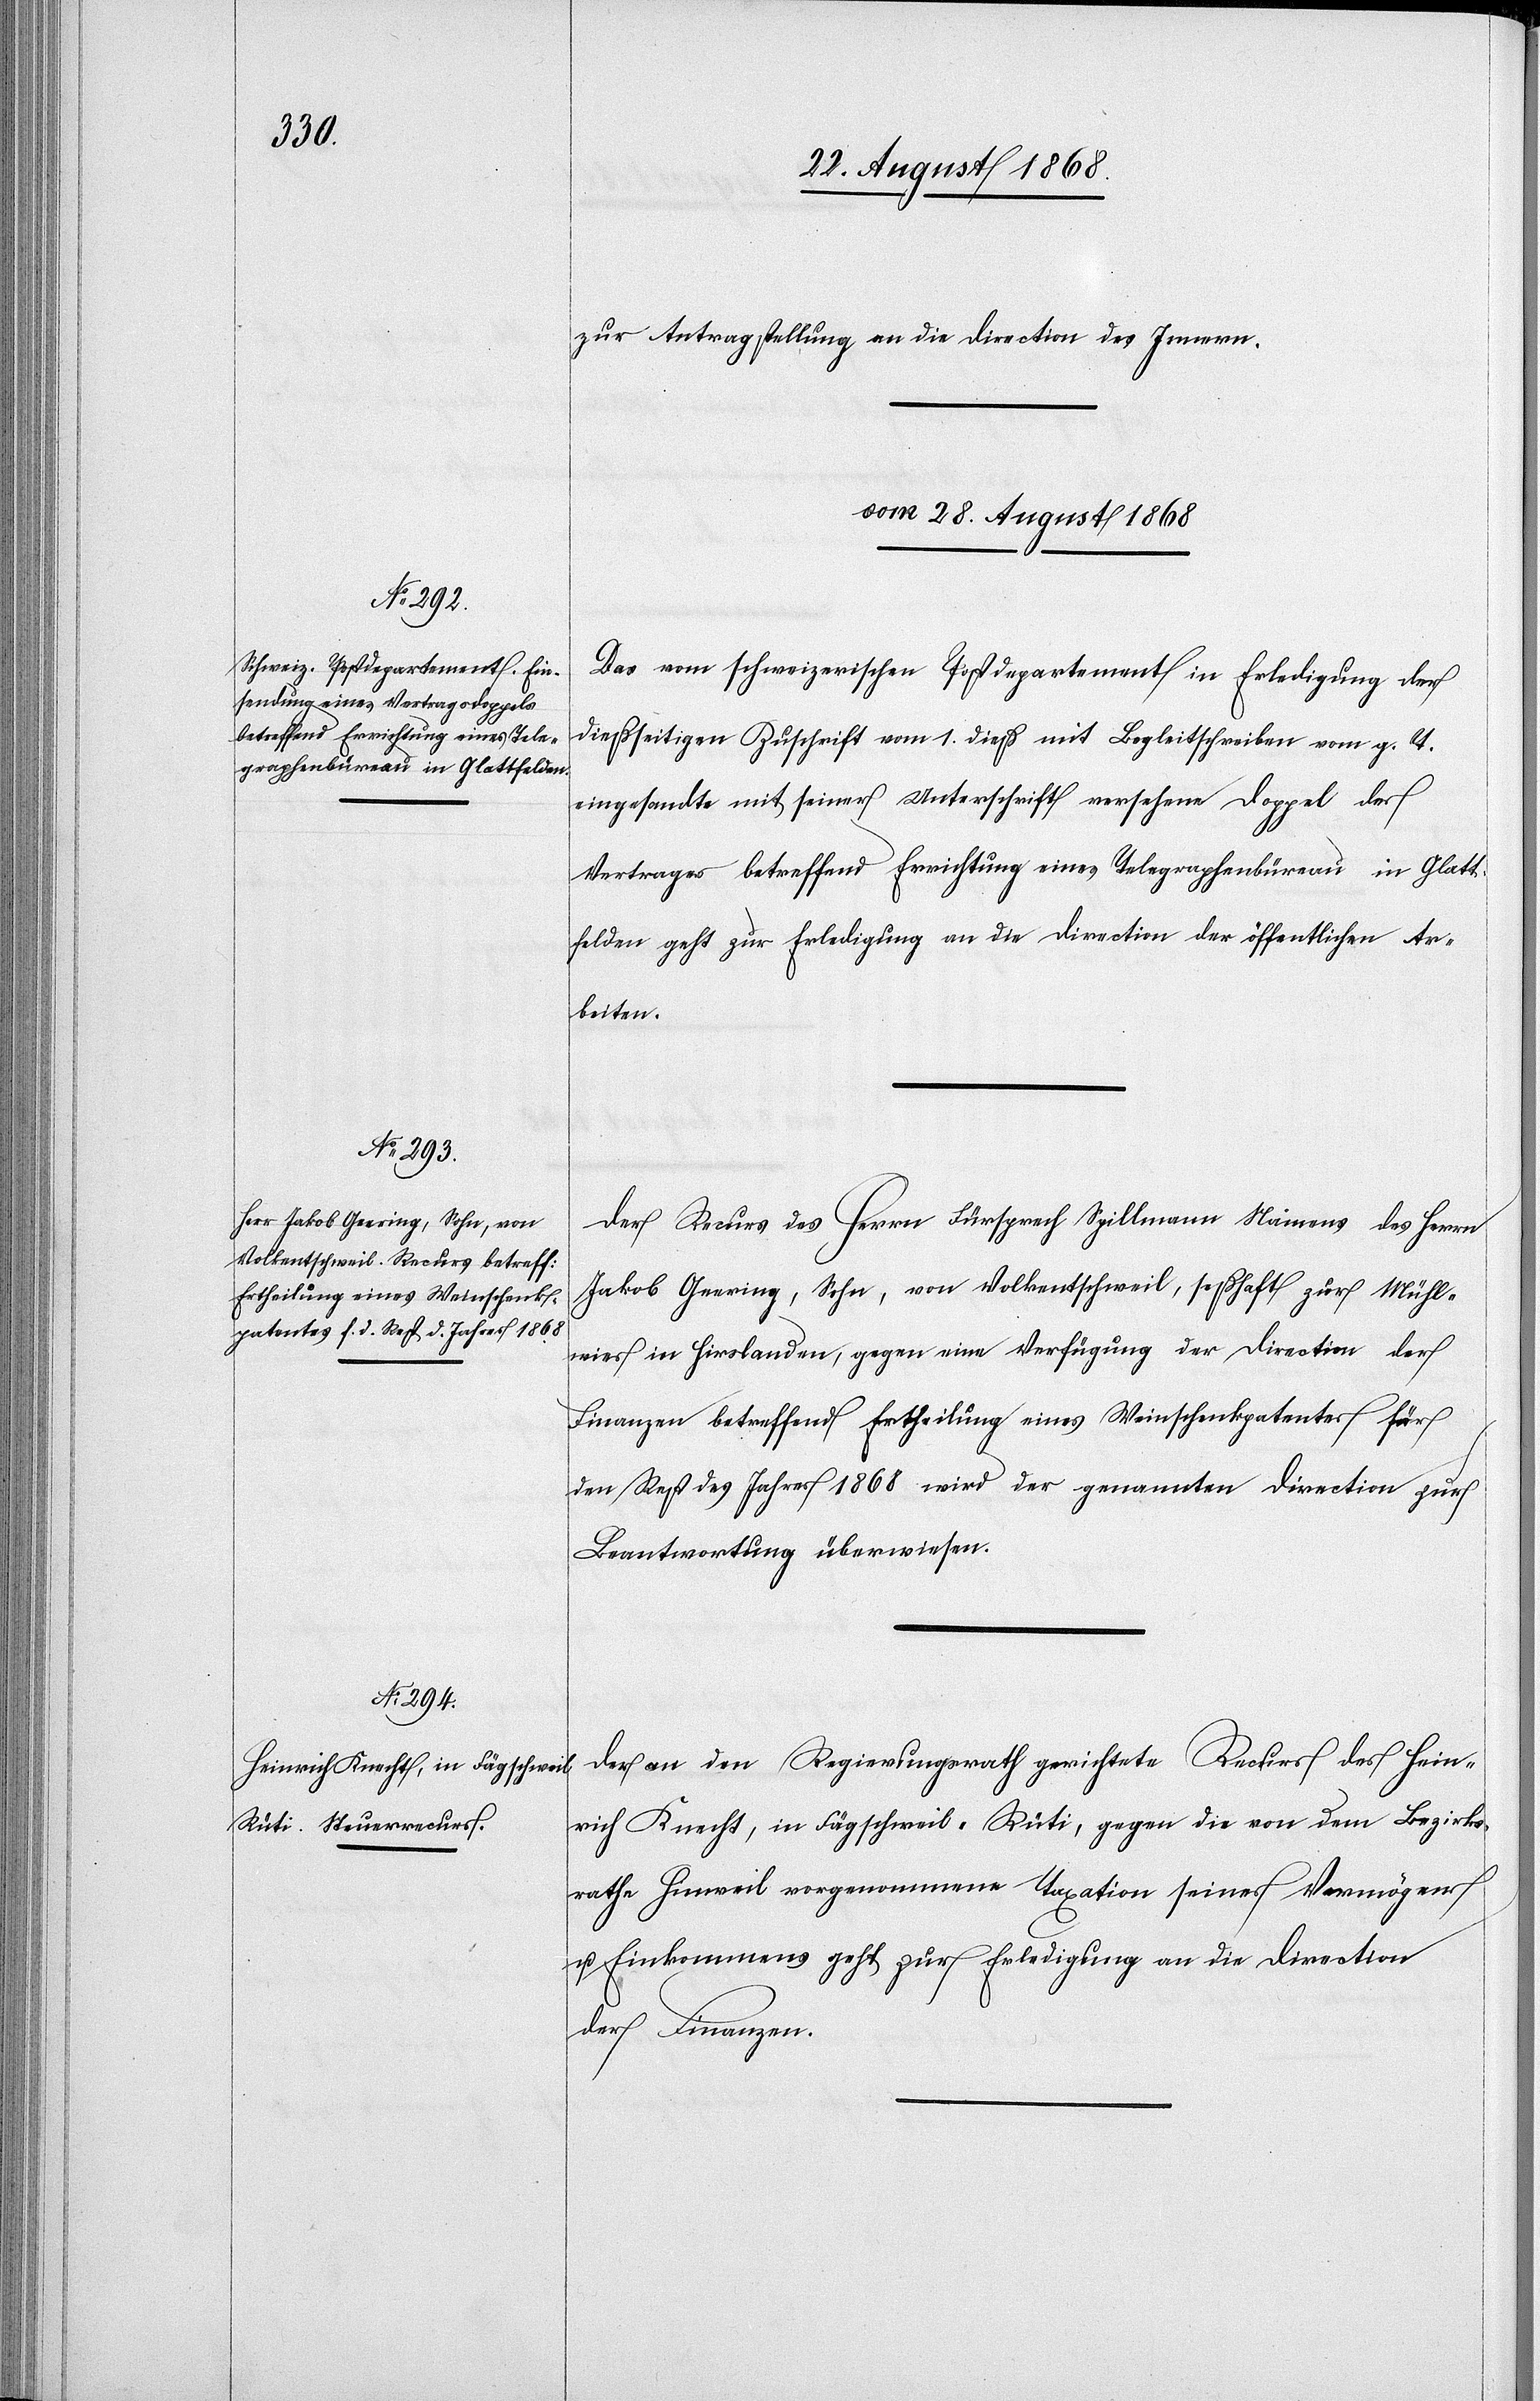
zur Antragstellung an die Direction des Innern.
vom 28. August 1868]
Das vom schweizerischen Postdepartement in Erledigung der
dießseitigen Zuschrift vom 1. dieß mit Begleitschreiben vom g. T.
eingesandte mit seiner Unterschrift versehene Doppel des
Vertrages betreffend Errichtung eines Telegraphenbüreau in Glatt¬
felden geht zur Erledigung an die Direction der öffentlichen Ar¬
beiten.
Der Recurs des Herrn Fürsprech Spillmann Namens des Herrn
Jakob Geering, Sohn, von Volkentschweil, seßhaft zur Mühl¬
wies in Hirslanden, gegen eine Verfügung der Direction der
Finanzen betreffend Ertheilung eines Weinschenkpatentes für
den Rest des Jahres 1868 wird der genannten Direction zur
Beantwortung überwiesen.
Der an den Regierungsrath gerichtete Recurs des Hein¬
rich Knecht, in Fägschweil - Rüti, gegen die von dem Bezirks¬
rathe Hinweil vorgenommene Taxation seines Vermögens
u. Einkommens geht zur Erledigung an die Direction
der Finanzen.